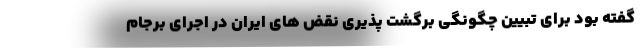
گفته بود برای تبیین چگونگی برگشت پذیری نقض های ایران در اجرای برجام